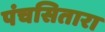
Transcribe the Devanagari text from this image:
पंचसितारा